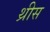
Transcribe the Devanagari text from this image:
थ्रीस